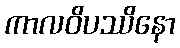
ကာလဝိပဿိနော